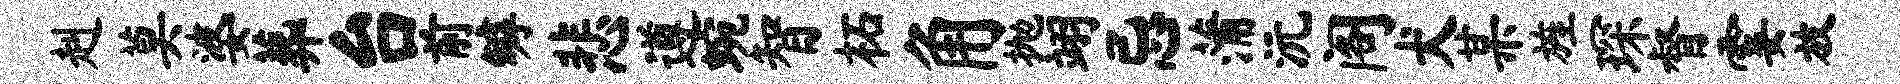
赳莫婆葬台前罅悲遵蜿智柘角抛翊忌蒲沅阁犬某旌琛督霎放